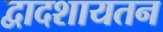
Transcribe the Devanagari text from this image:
द्वादशायतन